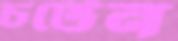
চটেন